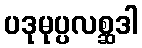
ပဒုမုပ္ပလစ္ဆဒါ